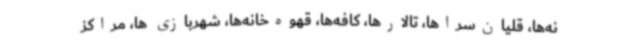
نه‌ها، قلیان‌سراها، تالارها، کافه‌ها، قهوه‌خانه‌ها، شهربازی ها، مراکز